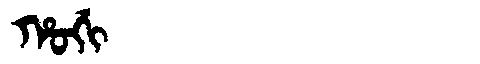
Manchu: ᡥᠣᡤᡳ
Romanization: HOGI